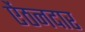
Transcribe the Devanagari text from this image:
ऐंठनदार